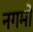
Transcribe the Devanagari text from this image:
नगमों